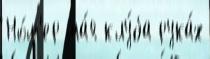
Но́м'ер ма́я клу́ба рука́х